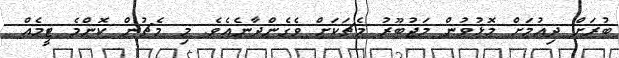
ބުރަށް ދިއުމަށް މޮޅުވުން މަޖުބޫރު މެޗަކަށް ވެގެންދާނެއެވެ. މި މެޗުން ކޮންމެ ޓީމެއް